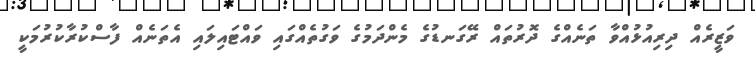
ވަޒީރެއް ދިރިއުޅުއްވާ ތަނެއްގެ ދޮރުތައް ރޭގަނޑުގެ މެންދަމުގެ ވަގުތެއްގައި ވައްޓައިލައި އެތަނެއް ފާސްކުރާކުރުމަކީ